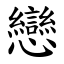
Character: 戀